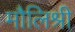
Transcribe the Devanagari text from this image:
मौलिश्री